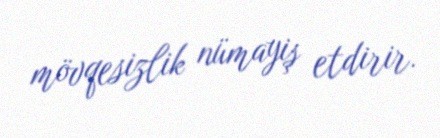
mövqesizlik nümayiş etdirir.